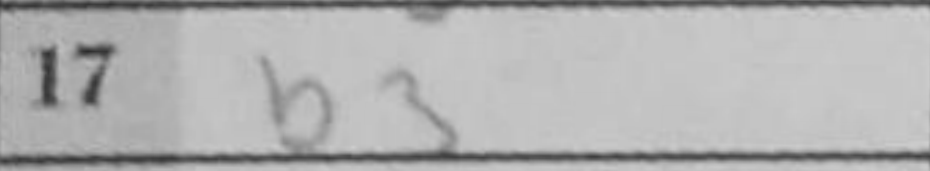
Transcription: b3